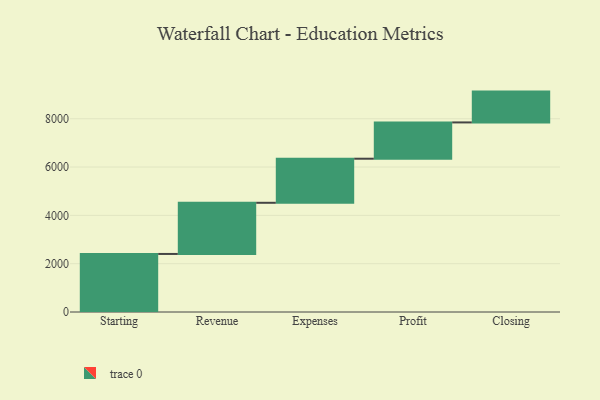
{"axis": {"x": "Step", "y": "Value"}, "legend": [""], "data": [{"x": "Starting", "y": 2403.0, "type": ""}, {"x": "Revenue", "y": 2118.0, "type": ""}, {"x": "Expenses", "y": 1825.0, "type": ""}, {"x": "Profit", "y": 1502.0, "type": ""}, {"x": "Closing", "y": 1276.0, "type": ""}]}